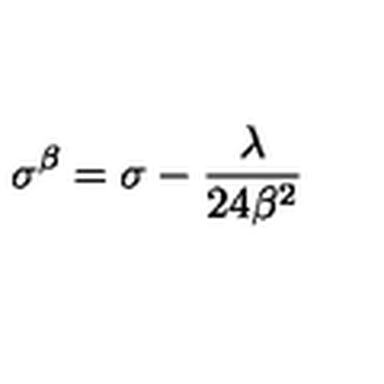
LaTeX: \sigma ^ { \beta } = \sigma - \frac { \lambda } { 2 4 \beta ^ { 2 } }